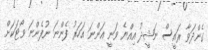
ގެންދަވާ ރައީސް ނަޝީދު އިއްޔެ ވަނީ އަންނަ އަހަރު ފެންނަ ނުފެންނަ ވޯޓަކަށް